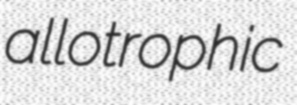
allotrophic